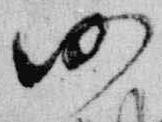
仍